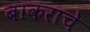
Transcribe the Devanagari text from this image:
बाकराचे